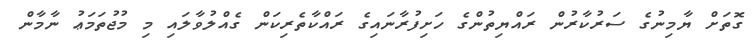
ގޮތަށް ޔާމިނުގެ ސަރުކާރުން ރައްޔިތުންގެ ހަށިފުރާނައިގެ ރައްކާތެރިކަން ގެއްލުވާލައި މި މުޖުތަމަޢު ނާމާން